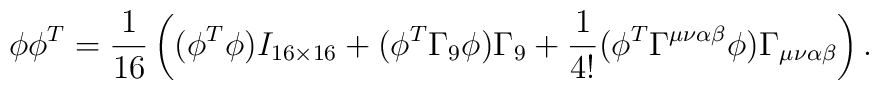
\phi\phi^{T}=\frac{1}{16}\left((\phi^{T}\phi)I_{16\times 16}+(\phi^{T}\Gamma_{9}\phi)\Gamma_{9}+\frac{1}{4!}(\phi^{T}\Gamma^{\mu\nu\alpha\beta}\phi)\Gamma_{\mu\nu\alpha\beta}\right).